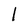
Character: l